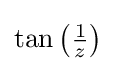
{\textstyle \tan \left({\frac {1}{z}}\right)}